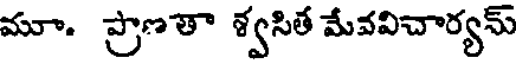
మూ. ప్రాణతా శ్వసిత మేవవిచార్యమ్